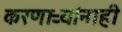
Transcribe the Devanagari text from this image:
करणाऱ्यांनाही